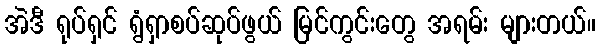
အဲဒီ ရုပ်ရှင် ရွံရှာစပ်ဆုပ်ဖွယ် မြင်ကွင်းတွေ အရမ်း များတယ်။